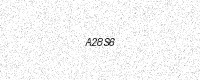
Text: A28S6